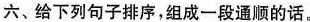
六、给下列句子排序,组成一段通顺的话。